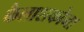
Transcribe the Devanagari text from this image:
कैलाशकोना